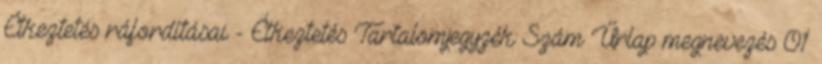
Étkeztetés ráfordításai - Étkeztetés Tartalomjegyzék Szám Űrlap megnevezés 01